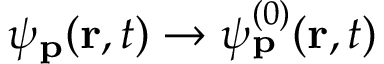
\psi _ { \mathbf { p } } ( \mathbf { r } , t ) \rightarrow \psi _ { \mathbf { p } } ^ { ( 0 ) } ( \mathbf { r } , t )